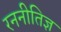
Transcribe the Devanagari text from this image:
रननीतिज्ञ